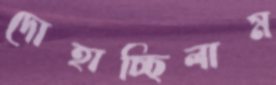
দোহাচ্ছিলাম